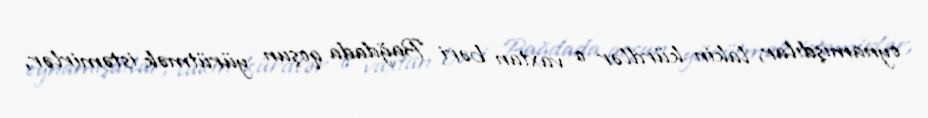
oynamışdılar, lakin kürdlər o vaxtan bəri Bağdada qoşun yürütmək istəmirlər,